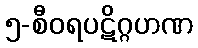
၅-စီဝရပဋိဂ္ဂဟဏ